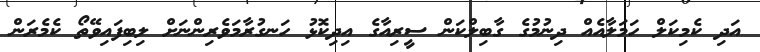
އަދި ކެމިކަލް ހަމަލާއެއް ދިނުމުގެ ގާބިލްކަން ސީރިއާގެ އިދިކޮޅު ހަނގުރާމަވެރިންނަށް ލިބިފައިވޭތޯ ކެމެރަން